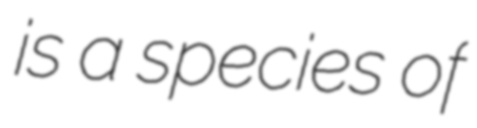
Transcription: is a species of